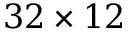
3 2 \times 1 2